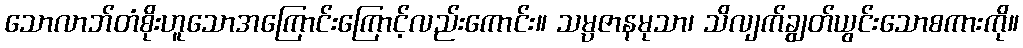
သောလာဘ်တံစိုးဟူသောအကြောင်းကြောင့်လည်းကောင်း။ သမ္ပဇာနမုသာ၊ သိလျက်ချွတ်ယွင်းသောစကားကို။